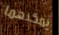
يمكنهما